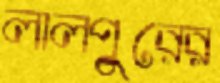
লালপুরের